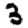
Digit: 3